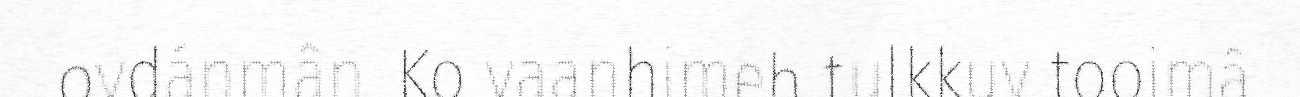
ovdánmân. Ko vaanhimeh tulkkuv tooimâ